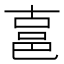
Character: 𰻧